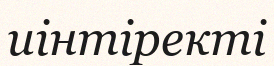
иінтіректі